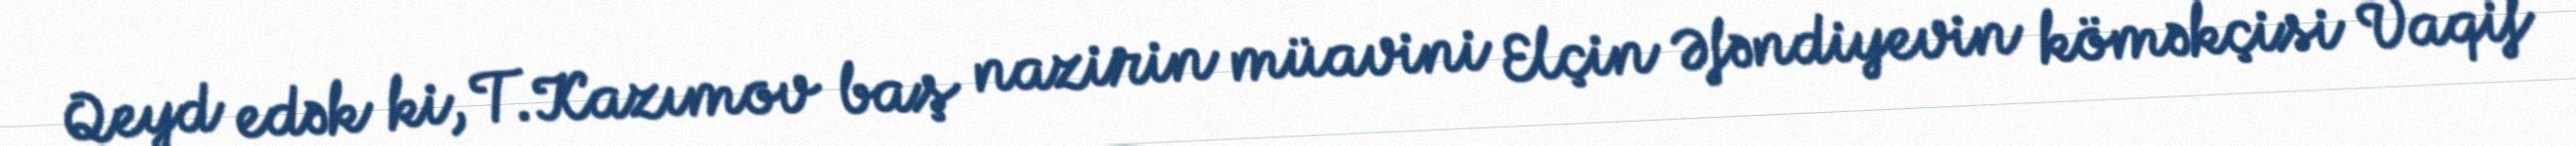
Qeyd edək ki, T.Kazımov baş nazirin müavini Elçin Əfəndiyevin köməkçisi Vaqif